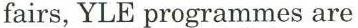
fairs, YLE programmes are